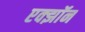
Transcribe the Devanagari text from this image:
एक्झॉन